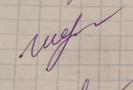
Signature authenticity: genuine